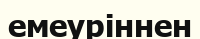
емеуріннен